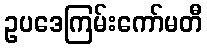
ဥပဒေကြမ်းကော်မတီ